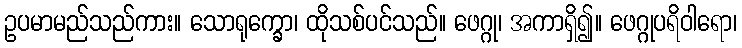
ဥပမာမည်သည်ကား။ သောရုက္ခော၊ ထိုသစ်ပင်သည်။ ဖေဂ္ဂု၊ အကာရှိ၍။ ဖေဂ္ဂုပရိဝါရော၊